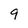
Character: q